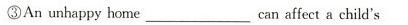
③An unhappy home ___ can affect a child's